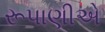
રૂપાણીએ